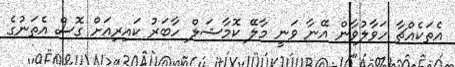
އެތަކެއްޗާ ހަވާލުވާން އޭނާ ވަނީ މާލޭ ކޮމާޝަލް ހާބަރު ކައިރިއަށް ގޮސް އެތަނުގެ